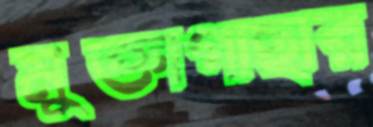
মুক্তাগাছার